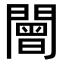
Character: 𨶍